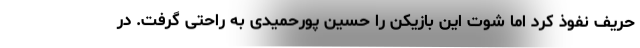
حریف نفوذ کرد اما شوت این بازیکن را حسین پورحمیدی به راحتی گرفت. در